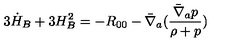
3 \dot { H } _ { B } + 3 H _ { B } ^ { 2 } = - R _ { 0 0 } - \bar { \nabla } _ { a } ( \frac { \bar { \nabla } _ { a } p } { \rho + p } )